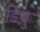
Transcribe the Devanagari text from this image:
डियु